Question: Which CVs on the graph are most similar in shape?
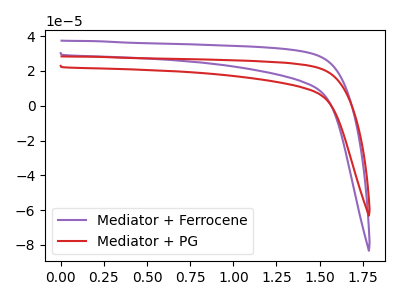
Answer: <think>The purple curve "Mediator + Ferrocene" has no peaks. The red curve "Mediator + PG" has no peaks.
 Neither "Mediator + Ferrocene" or "Mediator + PG" have any peaks.</think>
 <answer>"Mediator + Ferrocene" and "Mediator + PG" have the same shape and are likely CV's of the same chemical.</answer>
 <eval>"Mediator + Ferrocene" "Mediator + PG"</eval>